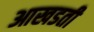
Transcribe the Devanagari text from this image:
आखडती